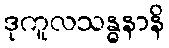
ဒုကူလသန္ဓနာနိ